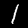
Label: 1